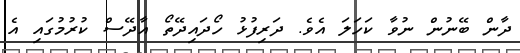
ދާން ބޭނުން ނުވާ ކަހަލަ އެވެ. ދަރިފުޅު ހޯދައިދޭތޯ އާދޭސް ކުރުމުގައި އެ